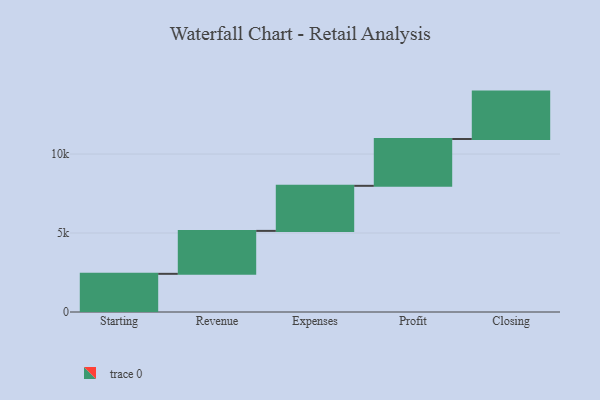
{"axis": {"x": "Step", "y": "Value"}, "legend": [""], "data": [{"x": "Starting", "y": 2416.0, "type": ""}, {"x": "Revenue", "y": 2718.0, "type": ""}, {"x": "Expenses", "y": 2853.0, "type": ""}, {"x": "Profit", "y": 2964.0, "type": ""}, {"x": "Closing", "y": 3000, "type": ""}]}